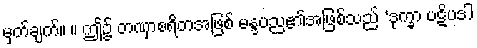
မှတ်ချက်။ ။ ဤ၌ တဏှာစရိတအဖြစ် မန္ဒပည၏အဖြစ်သည် ‘ဒုက္ခာ ပဋိပဒါ